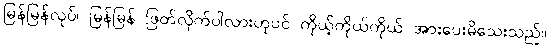
မြန်မြန်လုပ်၊ မြန်မြန် ဖြတ်လိုက်ပါလားဟုပင် ကိုယ့်ကိုယ်ကိုယ် အားပေးမိသေးသည်။